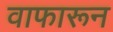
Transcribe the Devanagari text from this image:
वाफारून